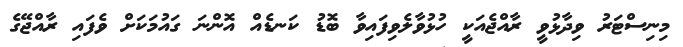
މިނިސްޓަރު ވިދާޅުވީ ރާއްޖެއަކީ ހުޅުވާލެވިފައިވާ ބޮޑު ކަނޑެއް އޮންނަ ގައުމަކަށް ވެފައި ރާއްޖޭގެ